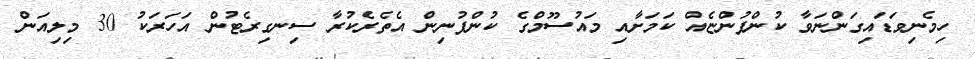
ހިމެނިވަޑައިގަންނަވާ ކުންފުންޏެއް ކަމަށާއި މައުސޫމްގެ ކުންފުނިން އެތެރެކުރާ ސިނގިރެޓުން އަހަރަކު 30 މިލިއަން